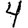
Digit: 4